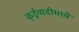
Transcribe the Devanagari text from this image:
कुर्डुवाडीमध्ये